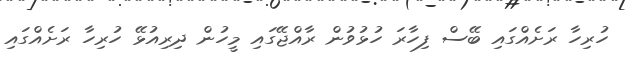
ހުރިހާ ރަށެއްގައި ބޭސް ފިހާރަ ހުޅުވުން ރާއްޖޭގައި މީހުން ދިރިއުޅޭ ހުރިހާ ރަށެއްގައި